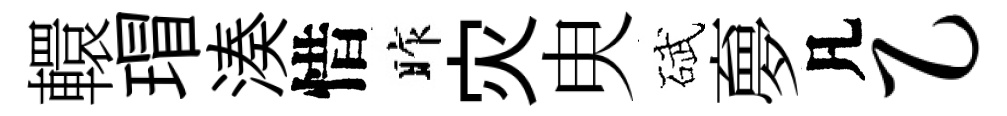
轘瑁湊惜昨灾㬰碔夣凡乙